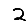
Digit: 2